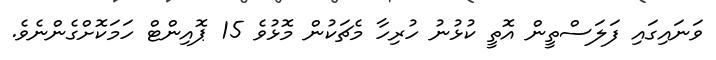
ވަނައިގައި ފަލަސްތީން އޮތީ ކުޅުނު ހުރިހާ މެޗަކުން މޮޅުވެ 15 ޕޮއިންޓް ހަމަކޮށްގެންނެވެ.